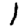
Digit: 1